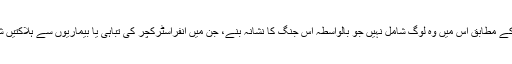
رپورٹ کے مطابق اس میں وہ لوگ شامل نہیں جو بالواسطہ اس جنگ کا نشانہ بنے، جن میں انفراسٹرکچر کی تباہی یا بیماریوں سے ہلاکتیں شامل ہیں۔